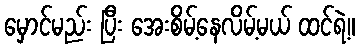
မှောင်မည်း ပြီး အေးစိမ့်နေလိမ့်မယ် ထင်ရဲ့။